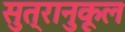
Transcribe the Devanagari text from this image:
सुत्रानुकूल